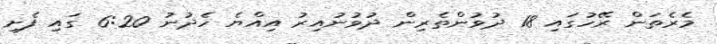
މެރެތަން ރޭހުގައި 18 ދުވުންތެރިން ދުވުނުއިރު އިއްޔެ ހެދުނު 6:20 ގައި ފެށި